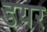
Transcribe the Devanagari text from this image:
डयर